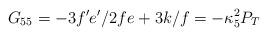
LaTeX: \begin{align*}G_{55}=-3f^{\prime}e^{\prime}/2fe+3k/f=-\kappa^2_5 P_T\end{align*}